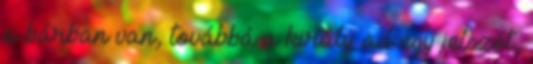
a bárban van, továbbá a király ad egy jelszót,